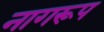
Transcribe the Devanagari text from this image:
नागरूप